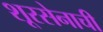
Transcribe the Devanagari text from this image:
शूरसेनाची